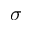
\sigma